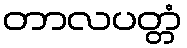
တာလပတ္တံ